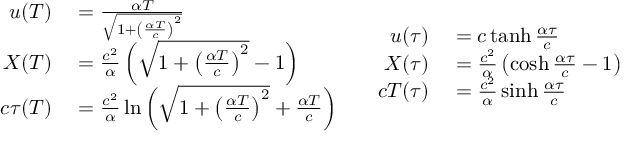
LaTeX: \begin{array} { c c } { { \begin{array} { r l } { u ( T ) } & { { } = { \frac { \alpha T } { \sqrt { 1 + \left( { \frac { \alpha T } { c } } \right) ^ { 2 } } } } } \\ { X ( T ) } & { { } = { \frac { c ^ { 2 } } { \alpha } } \left( { \sqrt { 1 + \left( { \frac { \alpha T } { c } } \right) ^ { 2 } } } - 1 \right) } \\ { c \tau ( T ) } & { { } = { \frac { c ^ { 2 } } { \alpha } } \ln \left( { \sqrt { 1 + \left( { \frac { \alpha T } { c } } \right) ^ { 2 } } } + { \frac { \alpha T } { c } } \right) } \end{array} } } & { { \begin{array} { r l } { u ( \tau ) } & { { } = c \operatorname { t a n h } { \frac { \alpha \tau } { c } } } \\ { X ( \tau ) } & { { } = { \frac { c ^ { 2 } } { \alpha } } \left( \cosh { \frac { \alpha \tau } { c } } - 1 \right) } \\ { c T ( \tau ) } & { { } = { \frac { c ^ { 2 } } { \alpha } } \sinh { \frac { \alpha \tau } { c } } } \end{array} } } \end{array}